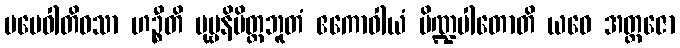
မမေဝါတိဝသာ ဟဉ္စီတိ ပုဗ္ဗနိမိတ္တဘူတံ ဧကောဝါယံ ပိဏ္ဍပါတောတိ ယဝေ အတ္တဇော